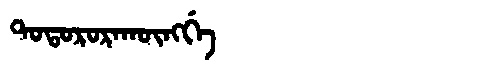
Manchu: ᡨᠣᡨᠣᡵᠣᡵᠠᡴᡡᠩᡤᡝ
Romanization: TOTORORAKŪNGGE